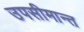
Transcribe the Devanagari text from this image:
उपसीमान्त